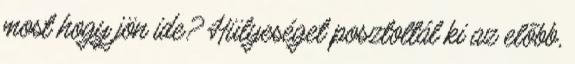
most hogy jön ide? Hülyeséget posztoltál ki az előbb,